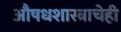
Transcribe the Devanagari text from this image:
औषधशास्त्राचेही